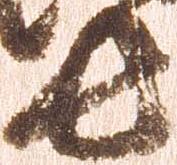
長